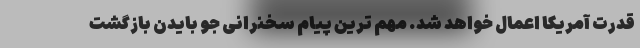
قدرت آمریکا اعمال خواهد شد. مهم ترین پیام سخنرانی جو بایدن بازگشت